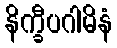
နိက္ခီပဂါမိနံ